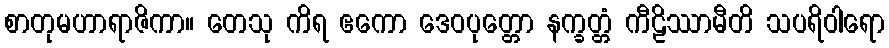
စာတုမဟာရာဇိကာ။ တေသု ကိရ ဧကော ဒေဝပုတ္တော နက္ခတ္တံ ကီဠိဿာမီတိ သပရိဝါရော